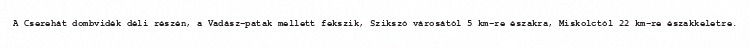
A Cserehát dombvidék déli részén, a Vadász-patak mellett fekszik, Szikszó városától 5 km-re északra, Miskolctól 22 km-re északkeletre.